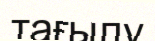
тағылу